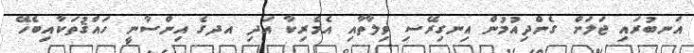
އަނބުރައި ޖަލަށް ގެންދިއުމުން އިނގިރޭސި ވިލާތާއި އެމެރިކާ އަދި އދގެ އިންސާނީ ހައްޤުތަކާއިބެހޭ